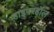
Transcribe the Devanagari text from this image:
हाइपरहॉल